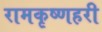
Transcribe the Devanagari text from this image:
रामकृष्णहरी